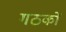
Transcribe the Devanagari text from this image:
गठकों